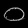
Digit: ၀